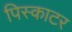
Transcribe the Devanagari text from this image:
पिस्काटर